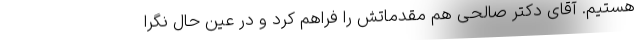
هستیم. آقای دکتر صالحی هم مقدماتش را فراهم کرد و در عین ‌حال نگرا